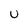
Character: U